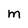
Character: m